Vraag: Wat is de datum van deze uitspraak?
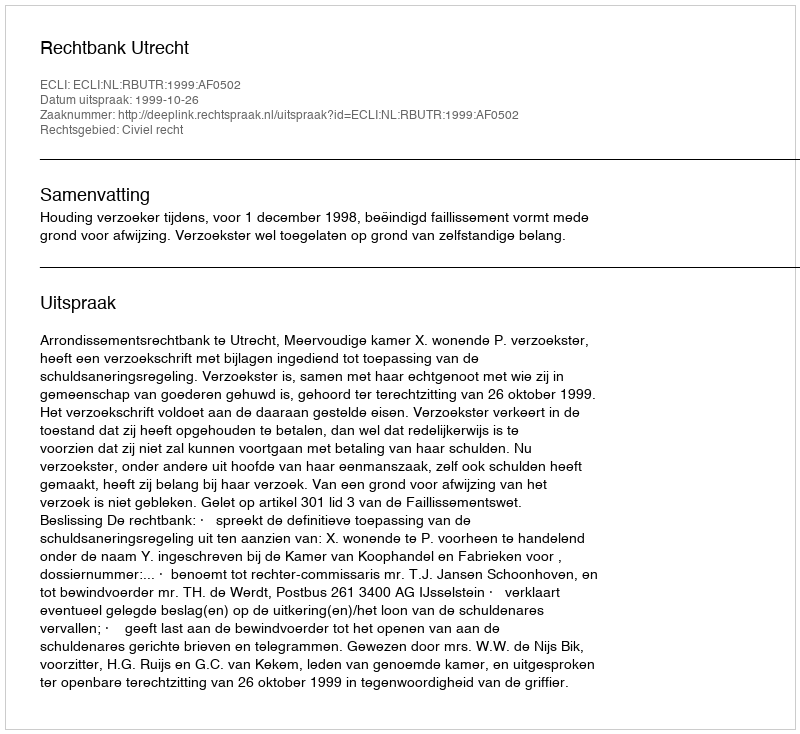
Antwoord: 1999-10-26